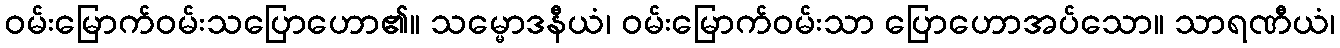
ဝမ်းမြောက်ဝမ်းသပြောဟော၏။ သမ္မောဒနီယံ၊ ဝမ်းမြောက်ဝမ်းသာ ပြောဟောအပ်သော။ သာရဏီယံ၊